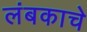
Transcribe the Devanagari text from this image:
लंबकाचे